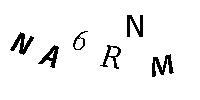
NA6RNM